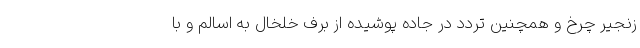
زنجیر چرخ و همچنین تردد در جاده پوشیده از برف خلخال به اسالم و با